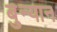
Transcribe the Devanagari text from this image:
बुन्यान